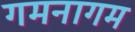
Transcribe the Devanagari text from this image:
गमनागम